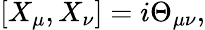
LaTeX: [X_{\mu},X_{\nu}]=i\Theta_{\mu\nu},